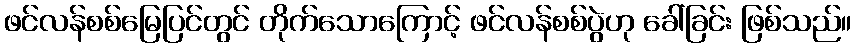
ဖင်လန်စစ်မြေပြင်တွင် တိုက်သောကြောင့် ဖင်လန်စစ်ပွဲဟု ခေါ်ခြင်း ဖြစ်သည်။